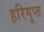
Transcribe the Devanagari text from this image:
हरिगुप्त